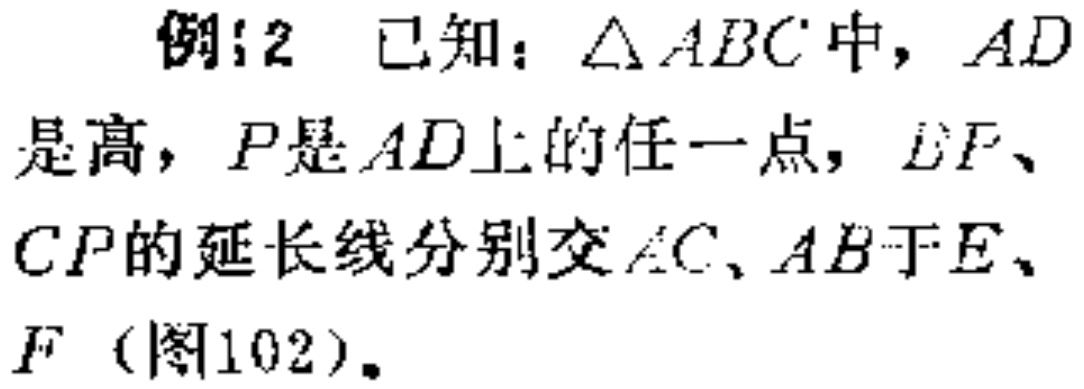
例12 已知：\(\triangle ABC\)中，\(AD\)是高，\(P\)是\(AD\)上的任一点，\(BP\)、\(CP\)的延长线分别交\(AC\)、\(AB\)于\(E\)、\(F\)（图102）。